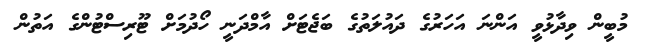
މުބީން ވިދާޅުވީ އަންނަ އަހަރުގެ ދައުލަތުގެ ބަޖެޓަށް އާމްދަނީ ހޯދުމަށް ޓޫރިސްޓުންގެ އަތުން